Medical and sanitary report of the native army of Bengal for the year
Year: 1878
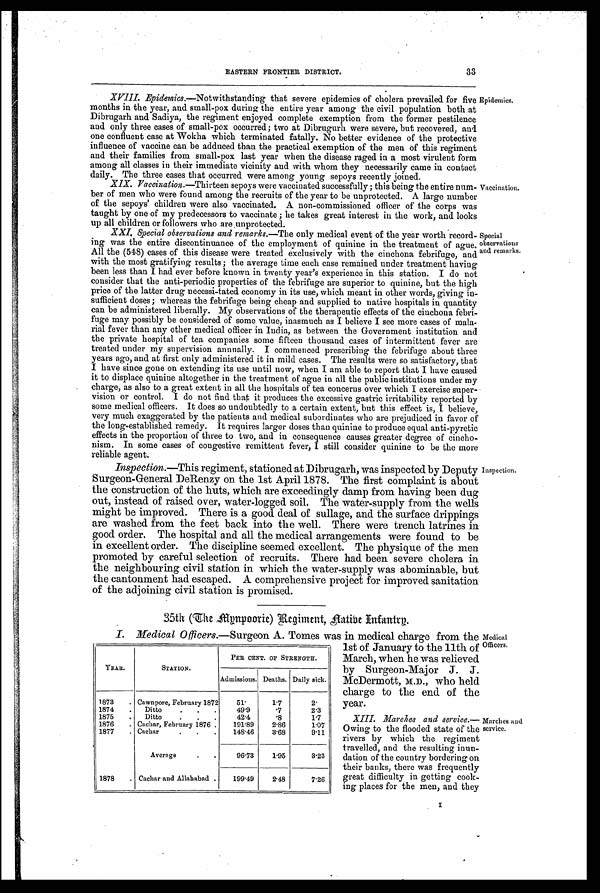
EASTERN FRONTIER DISTRICT.
33
E p i d e m i c s .
XVIII. Epidemics. —Notwithstanding that severe epidemics of cholera prevailed for five
months in the year, and small-pox during the entire year among the civil population both at
Dibrugarh and Sadiya, the regiment enjoyed complete exemption from the former pestilence
and only three cases of small-pox occurred; two at Dibrugurh were severe, but recovered, awl
one confluent case at Wokha which terminated fatally. No better evidence of the protective
influence of vaccine can be adduced than the practical exemption of the men of this regiment
and their families from small-pox last year when the disease raged in a most virulent form
among all classes in their immediate vicinity and with whom they necessarily came in contact
daily. The three cases that occurred were among young sepoys recently joined.
v a c c i n a t i o n .
XIX. Vaccination. —Thirteen sepoys were vaccinated successfully ; this being the entire num-
ber of men who were found among the recruits of the year to be unprotected. A large number
of the sepoys' children were also vaccinated. A non-commissioned officer of the corps was
taught by one of my predecessors to vaccinate ; he takes great interest in the work, and looks
up all children or followers who are unprotected.
S p e c i a l
o b s e r v a t i o n s
a n d r e m a r k s . XXI. Special observations and remarks.—The only medical event of the year worth record-
ing was the entire discontinuance of the employment of quinine in the treatment of ague.
All the (548) cases of this disease were treated exclusively with the cinchona febrifuge, and a
with the most gratifying results; the average time each case remained under treatment having
been less than I had ever before known in twenty year's experience in this station. I do not
consider that the anti-periodic properties of the febrifuge are superior to quinine, but the high
price of the latter drug necessi-tated economy in its use, which meant in other words, giving in-
sufficient doses; whereas the febrifuge being cheap and supplied to native hospitals in quantity
be administered liberally. My observations of the therapeutic effects of the cinchona febri-
fuge may possibly be considered of some value, inasmuch as I believe I see more cases of mala-
rial fever than any other medical officer in India, as between the Government institution and
the private hospital of tea companies some fifteen thousand cases of intermittent fever are
treated under my supervision annually. I commenced prescribing the febrifuge about three
years ago, and at first only administered it in mild cases. The results were so satisfactory, that
I have since gone on extending its use until now, when I am able to report that I have caused
it to displace quinine altogether in the treatment of ague in all the public institutions under my
charge, as also to a great extent in all the hospitals of tea concerns over which I exercise super-
vision or control. I do not find that it produces the excessive gastric irritability reported by
some medical officers. It does so undoubtedly to a certain extent, but this effect is, I believe,
very much exaggerated by the patients and medical subordinates who are prejudiced in favor of
the long-established remedy. It requires larger doses than quinine to produce equal anti-pyretic
effects in the proportion of three to two, and in consequence causes greater degree of cincho-
nism. In some cases of congestive remittent fever, I still consider quinine to be the more
reliable agent.
I n s p e c t i o n .
Inspection.—This regiment, stationed at Dibrugarh, was inspected by Deputy
Surgeon-General DeRenzy on the 1st April 1878. The first complaint is about
the construction of the huts, which are exceedingly damp from having been dug
out, instead of raised over, water-logged soil. The water-supply from the wells
might be improved. There is a good deal of sullage, and the surface drippings
are washed from the feet back into the well. There were trench latrines in
good order. The hospital and all the medical arrangements were found to be
in excellent order. The discipline seemed excellent. The physique of the men
promoted by careful selection of recruits. There had been severe cholera in
the neighbouring civil station in which the water-supply was abominable, but
the cantonment had escaped. A comprehensive project for improved sanitation
of the adjoining civil station is promised.
35th (The Mynpoorie) Regiment, Na tive Infantry.
I. Medical 0 fficers.—Surgeon A. Tomes was in medical charge from the
1st of January to the 11th of
March, when he was relieved
by Surgeon-Major J. J.
McDermott, M.D., who held
charge to the end of the
year.
XIII. Marches and service. —
Owing to the flooded state of the
rivers by which the regiment
travelled, and the resulting inun-
dation of the country bordering on
their banks, there was frequently
great difficulty in getting cook-
ing places for the men, and they
I
YEAR.
STATION.
PER CENT. OF STRENGTH.
Admissions. Deaths. Daily sick.
1873
. Cawnpore, February 1872
5 1 .
1.7
2.
1874
.
Ditto
.
.
.
49.9
.7
2.3
1875
.
Ditto
.
.
.
42.4
. 8
1.7
1876
. Cachar, February 1876 .
191.89
2.86
1.07
1877
. Cachar
.
.
.
148.46
3.68
9.11
Average
.
.
96.73
1.95
3.23
1878
. Cachar and Allahabad .
199.49
2.48
7.26
Medical
Officers.
Marches and
service.